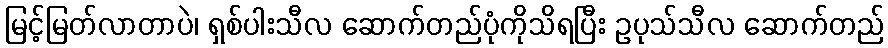
မြင့်မြတ်လာတာပဲ၊ ရှစ်ပါးသီလ ဆောက်တည်ပုံကိုသိရပြီး ဥပုသ်သီလ ဆောက်တည်